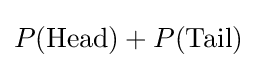
P({\text{Head}})+P({\text{Tail}})